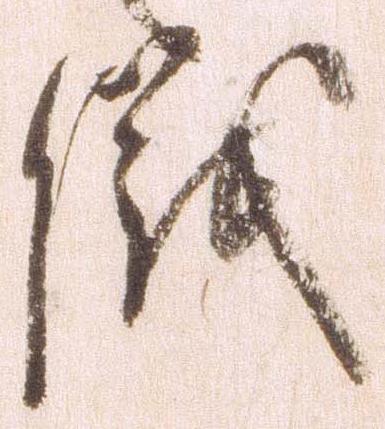
儀